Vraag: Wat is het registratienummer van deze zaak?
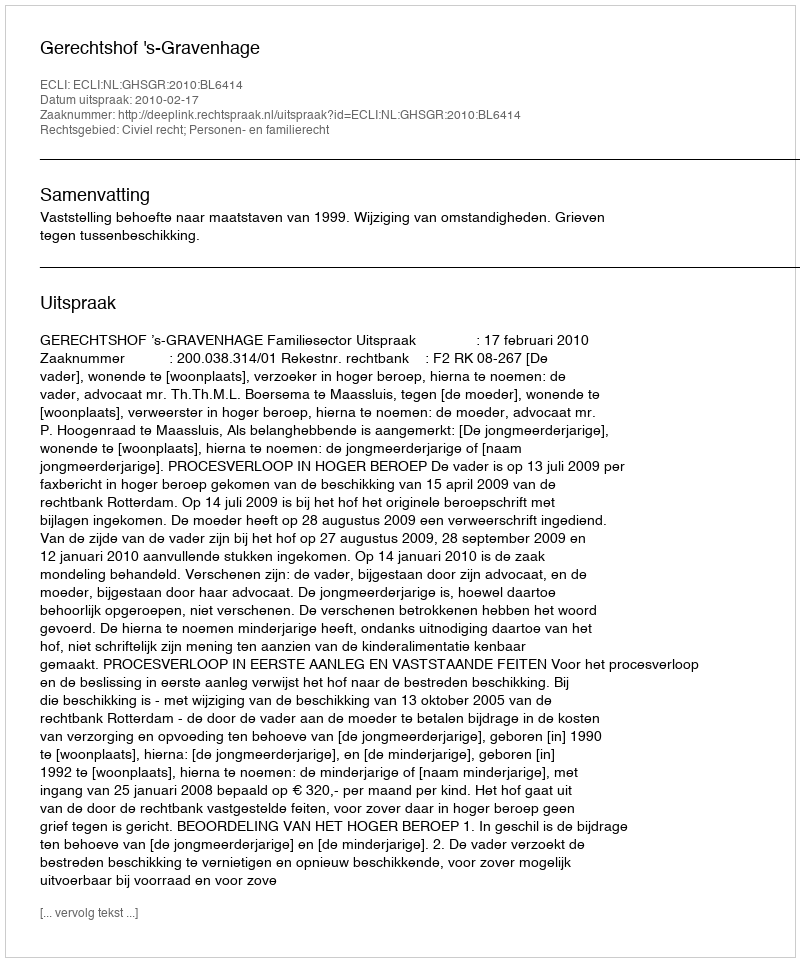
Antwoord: http://deeplink.rechtspraak.nl/uitspraak?id=ECLI:NL:GHSGR:2010:BL6414